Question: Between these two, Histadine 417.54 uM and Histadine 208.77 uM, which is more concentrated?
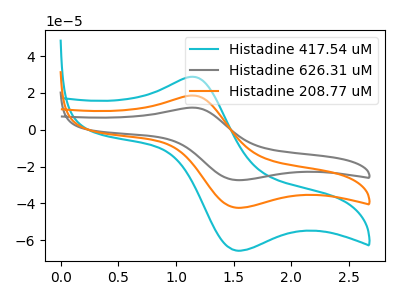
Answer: <think>The cyan curve "Histadine 417.54 uM" has an anodic peak at (1.15V, 28.75uA) and a cathodic peak at (1.50V, -65.65uA). The gray curve "Histadine 626.31 uM" has an anodic peak at (1.15V, 37.10uA) and a cathodic peak at (1.50V, -84.80uA). The orange curve "Histadine 208.77 uM" has an anodic peak at (1.15V, 18.55uA) and a cathodic peak at (1.50V, -42.40uA).
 All the peaks in "Histadine 417.54 uM" have a peak in "Histadine 208.77 uM" at the same potential. Every peak in "Histadine 417.54 uM" is higher than every peak in "Histadine 208.77 uM".</think>
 <answer>"Histadine 417.54 uM" has more signal than "Histadine 208.77 uM" and so likely has a higher concentration.</answer>
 <eval>more_concentration</eval>